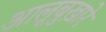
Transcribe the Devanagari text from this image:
आलूबुख़ारे